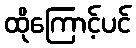
ထိုကြောင့်ပင်